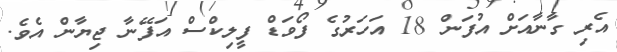
އެރި ގާނާއަށް އުފަން 18 އަހަރުގެ ފޯވަޑް ފީލިކްސް އަފޭނާ ޖިޔާން އެވެ.